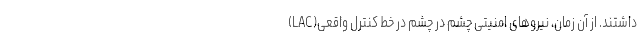
داشتند. از آن زمان، نیروهای امنیتی چشم در چشم در خط کنترل واقعی(LAC)